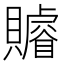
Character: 𧸩